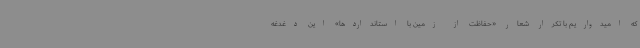
که امیدواریم با تکرار شعار «حفاظت از زمین با استانداردها» این دغدغه